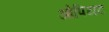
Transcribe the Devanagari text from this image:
ओपियट